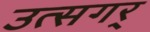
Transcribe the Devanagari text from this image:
उत्सगर्